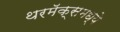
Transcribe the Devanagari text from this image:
थरमॅक्समध्ये